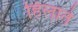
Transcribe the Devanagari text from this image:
हिलाते